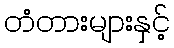
တံတားများနှင့်